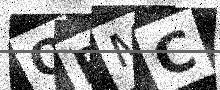
Text: OBMC